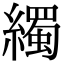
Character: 𦆂